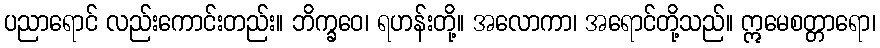
ပညာရောင် လည်းကောင်းတည်း။ ဘိက္ခဝေ၊ ရဟန်းတို့။ အလောကာ၊ အရောင်တို့သည်။ ဣမေစတ္တာရော၊